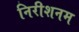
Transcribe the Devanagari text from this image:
निरीशनम